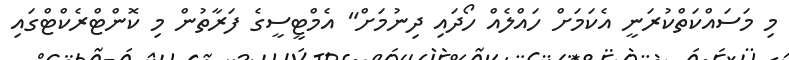
މި މަސައްކަތްކުރަނީ އެކަމަށް ހައްލެއް ހޯދައި ދިނުމަށް" އެމްޓީސީގެ ފަރާތުން މި ކޮންޓްރެކްޓްގައި